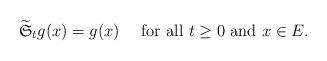
LaTeX: \begin{align*}\widetilde{\mathfrak{S}}_{t}g(x)=g(x)\quad\mbox{ for all }t\ge 0 \mbox{ and }x\in E.\end{align*}